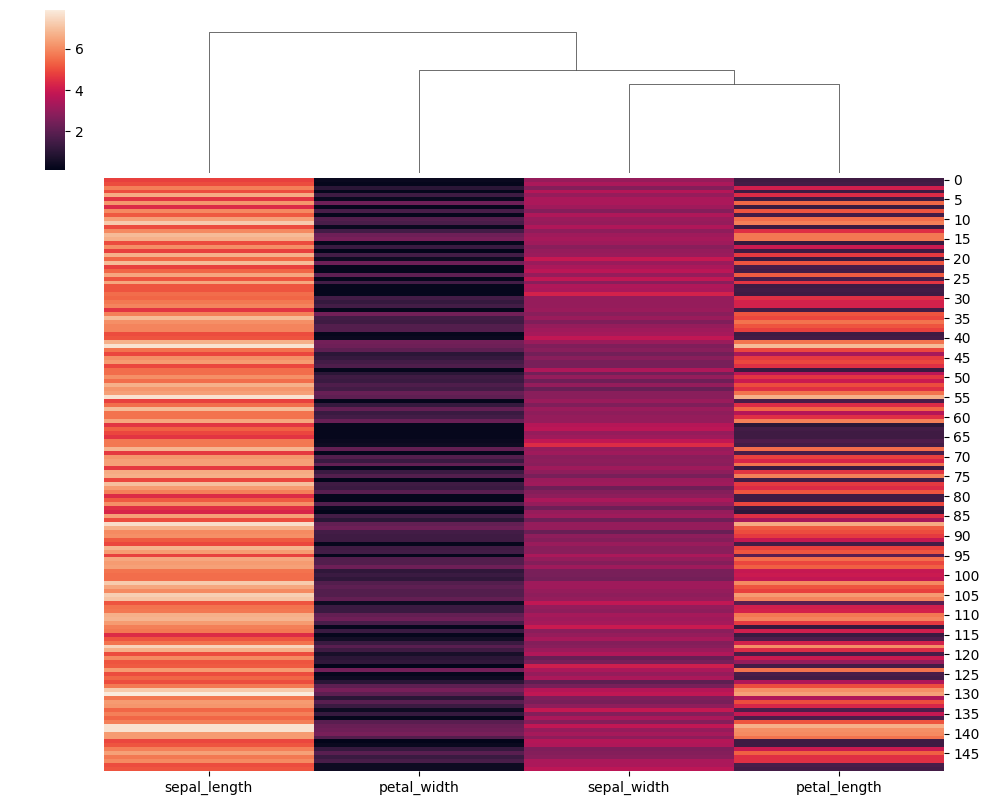
python, seaborn, clustermap, figsize=(10, 8), row_cluster=False, dendrogram_ratio=(0.1, 0.2), cbar_pos=(0.05, 0.8, 0.02, 0.2)